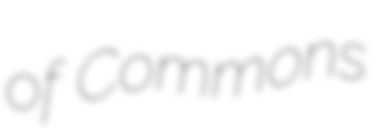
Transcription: of Commons